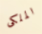
الملكى